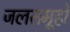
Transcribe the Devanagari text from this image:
जलसमूहों